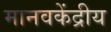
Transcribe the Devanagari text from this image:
मानवकेंद्रीय